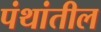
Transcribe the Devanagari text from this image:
पंथांतील